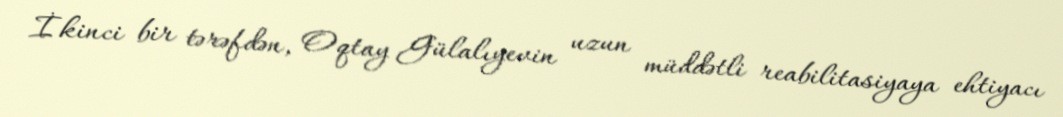
İkinci bir tərəfdən, Oqtay Gülalıyevin uzun müddətli reabilitasiyaya ehtiyacı